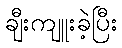
ချီးကျူးခဲ့ပြီး